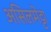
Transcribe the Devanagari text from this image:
असिलमेट्टा